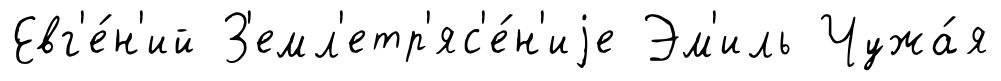
Евг'е́н'ий З'емл'етр'яс'е́н'иjе Эм'иль Чужа́я